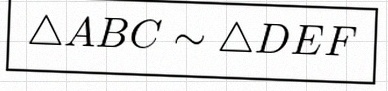
\triangle ABC\sim\triangle DEF